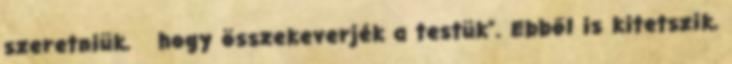
szeretniük, hogy összekeverjék a testük”. Ebből is kitetszik,